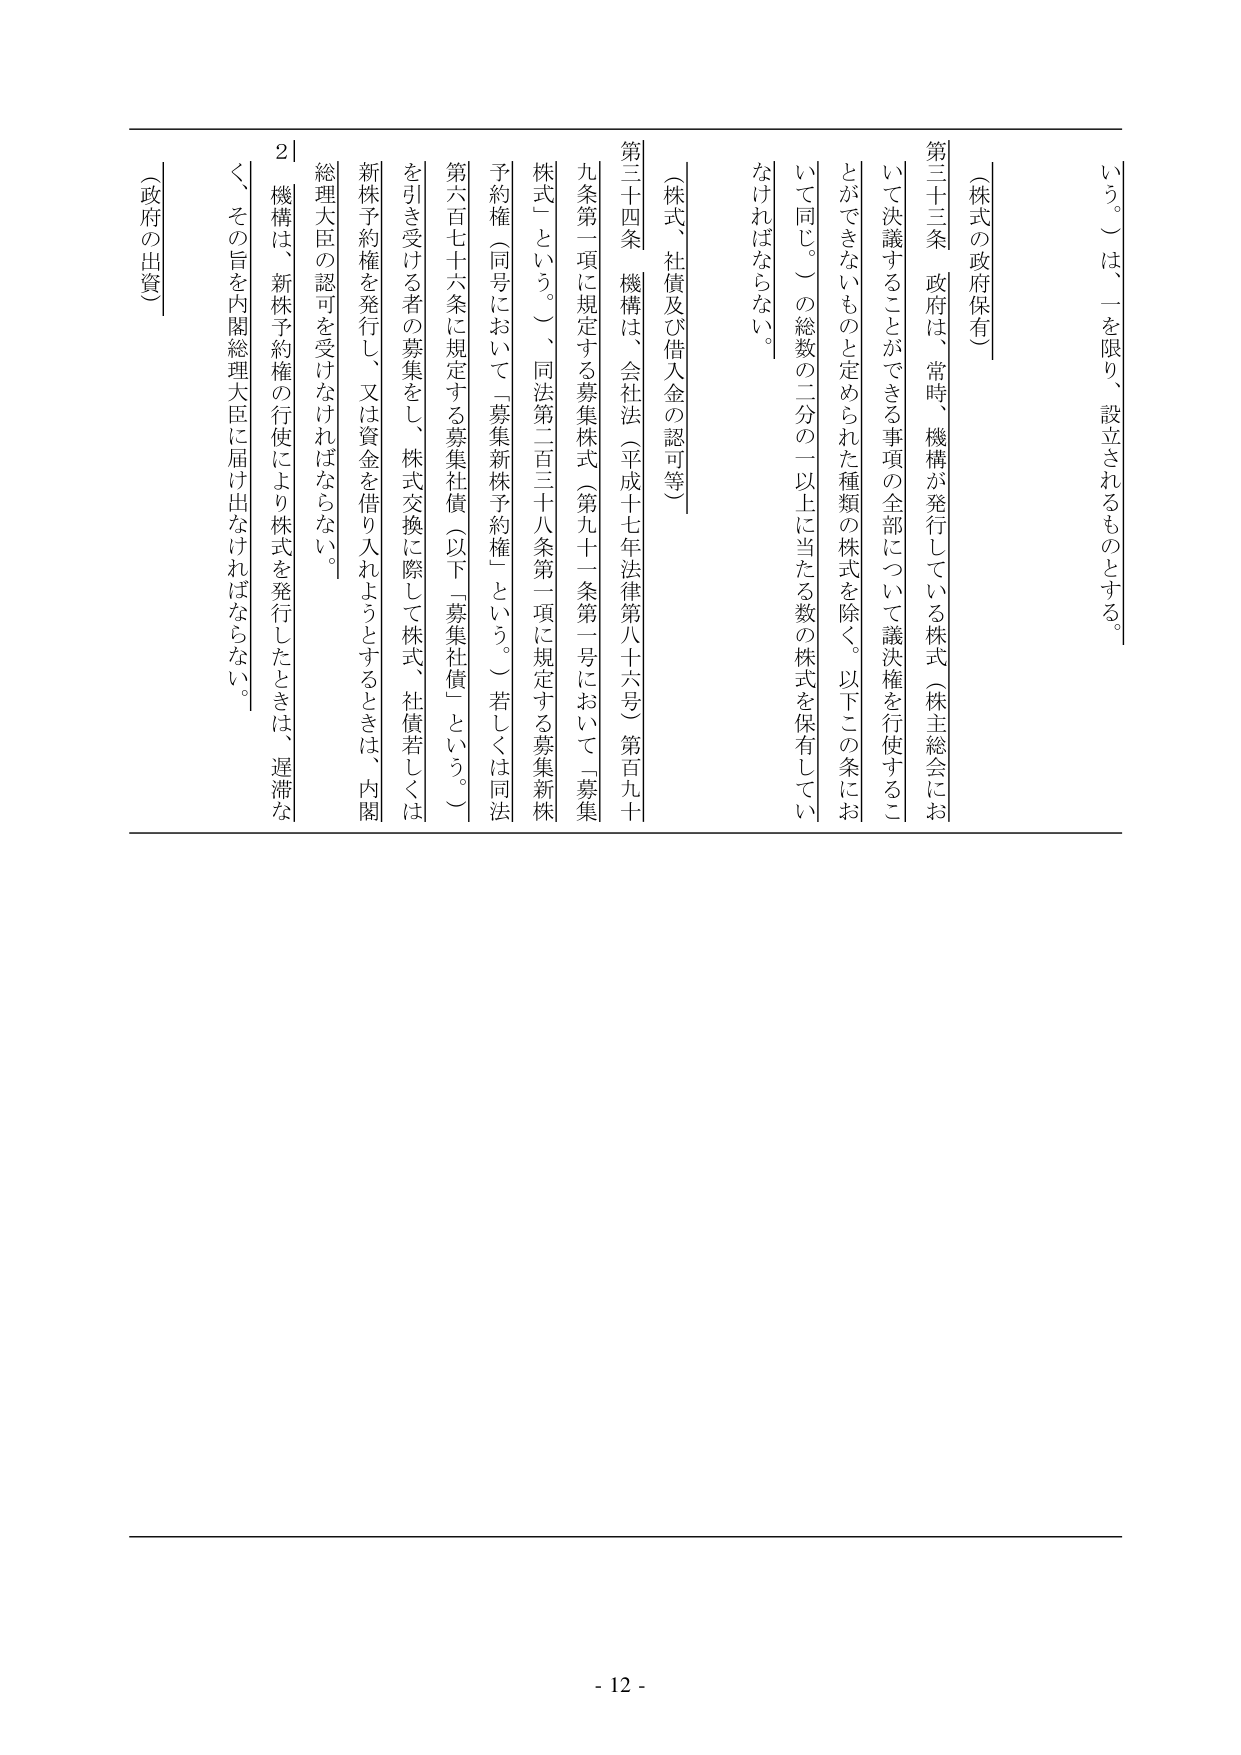
（株式の政府保有）

第三十三条　政府は、常時、機構が発行している株式（株主総会において決議することができる事項の全部について議決権を行使することができるものと定められた種類の株式を除く。以下この条において同じ。）の総数の二分の一以上に当たる数の株式を保有していなければならない。

（株式、社債及び借入金の認可等）

第三十四条　機構は、会社法（平成十七年法律第八十六号）第百九十九条第一項に規定する募集株式（第九十一条第一号において「募集株式」という。）、同法第二百三十八条第一項に規定する募集新株予約権（同号において「募集新株予約権」という。）若しくは同法第六百七十六条に規定する募集社債（以下「募集社債」という。）を引き受ける者の募集をし、株式交換に際して株式、社債若しくは新株予約権を発行し、又は資金を借り入れようとするときは、内閣総理大臣の認可を受けなければならない。

２　機構は、新株予約権の行使により株式を発行したときは、遅滞なく、その旨を内閣総理大臣に届け出なければならない。

（政府の出資）

- 12 -